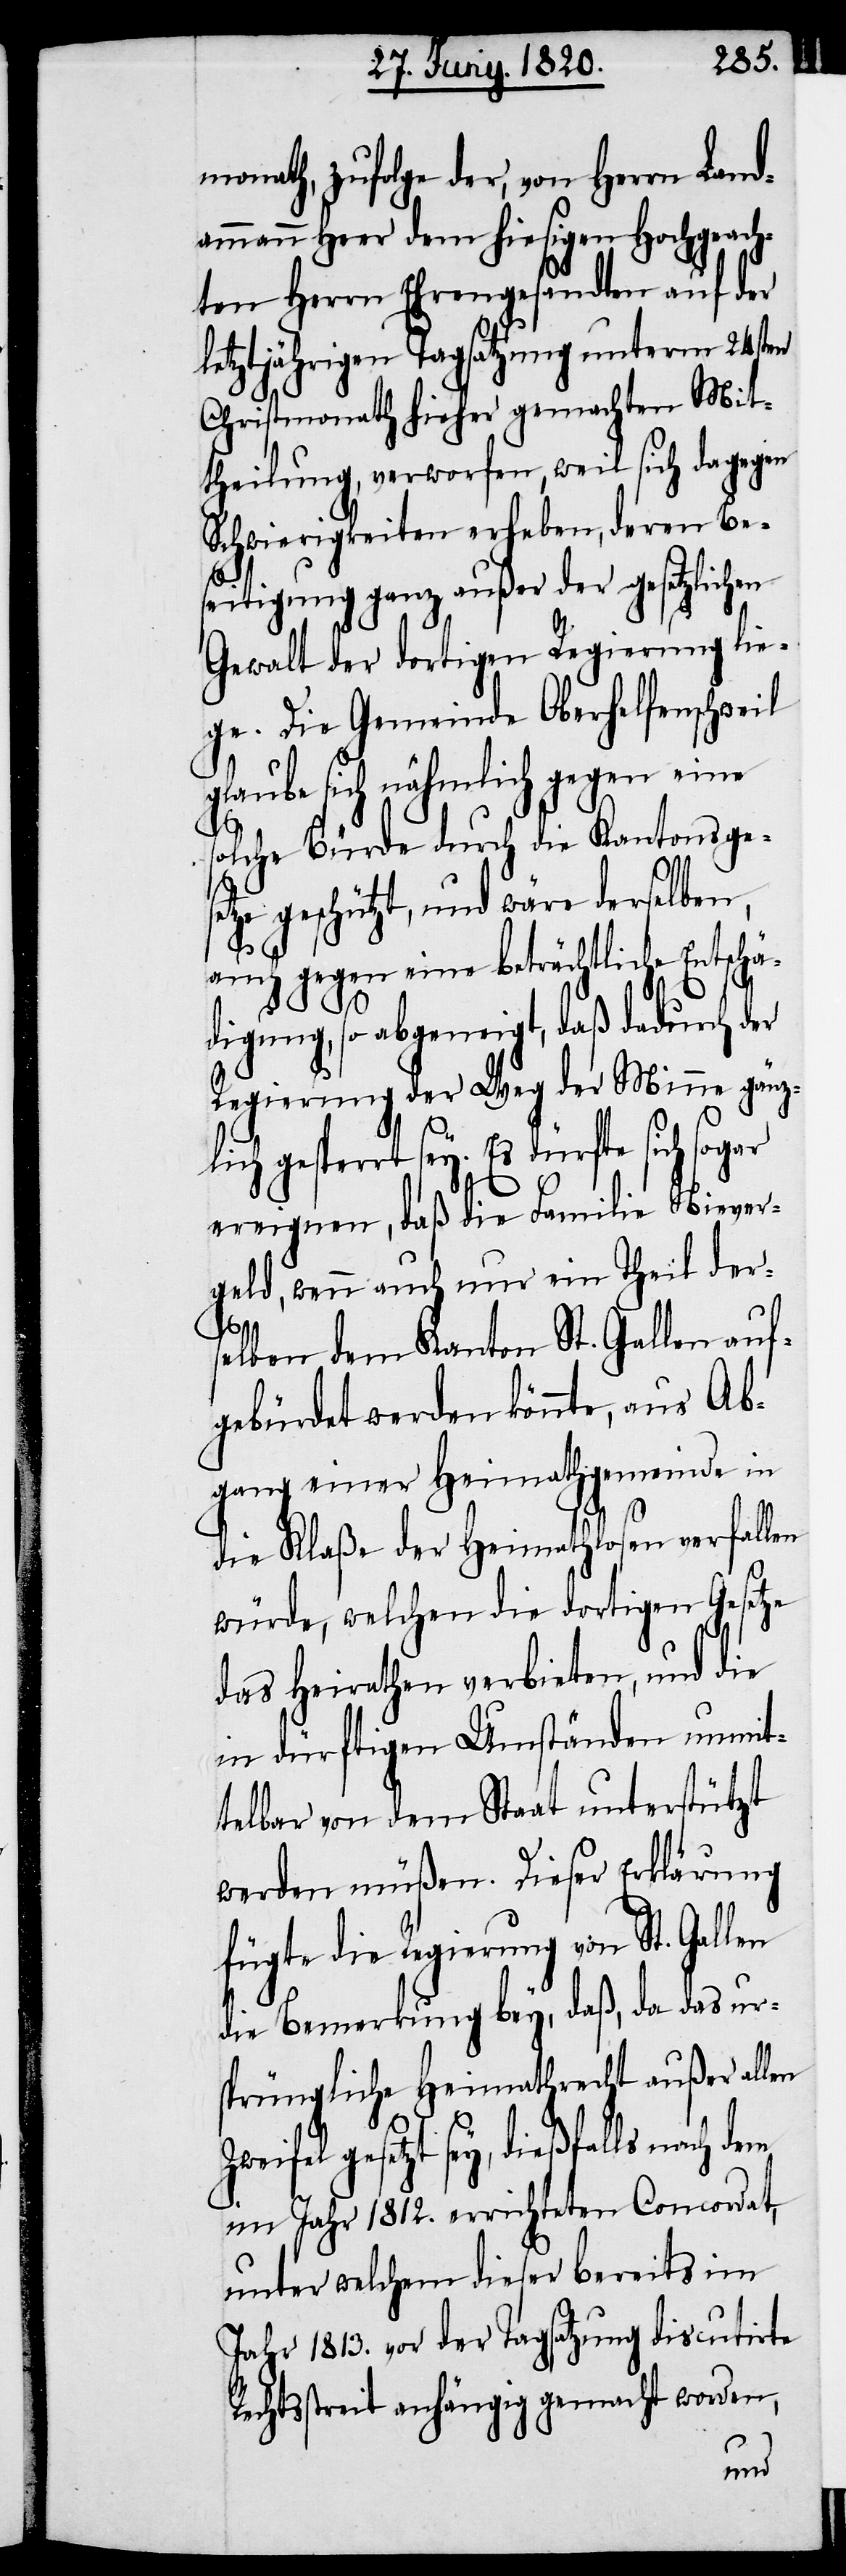
Monath, zufolge der, von Herrn Land¬
ammann Heer dem hiesigen Hochgeach¬
ten Herrn Ehrengesandten auf der
letztjährigen Tagsatzung unterm 24sten
Christmonath hieher gemachten Mit¬
theilung, verworfen, weil sich dagegen
Schwierigkeiten erheben, deren Be¬
seitigung ganz außer der gesetzlichen
Gewalt der dortigen Regierung lie¬
ge. Die Gemeinde Oberhelfenschweil
glaube sich nämlich gegen eine
solche Bürde durch die Kantonsge¬
setze geschützt, und wäre derselben,
auch gegen eine beträchtliche Entsc¬
digung, so abgeneigt, daß dadurch der
Regierung der Weg der Minne gänz¬
gesperrt sey. Es dürfte sich
ereignen, daß die Familie Niever¬
geld, wenn auch nur ein Theil der¬
hä¬
selben dem Kanton St. Gallen auf¬
gebürdet werden könnte, aus Ab¬
gang einer Heimathgemeinde in
die Klaße der Heimathlosen verfallen
würde, welchen die dortigen Gesetze
das Heirathen verbieten, und die
in dürftigen Umständen unmit¬
telbar von dem Staat unterstützt
werden müßen. Dieser Erklärung
fügte die Regierung von St. Gallen
die Bemerkung bey, daß, da das urs¬
prüngliche Heimathrecht außer allen
gesetzt sey, dießfalls nach dem
im Jahr 1812. errichteten Concordat,
unter welchem dieser bereits im
Jahr 1813. vor der Tagsatzung discutirte
Rechtsstreit anhängig gemacht worden,

lich